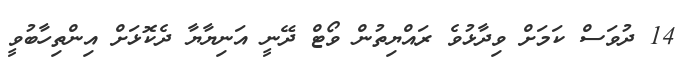
14 ދުވަސް ކަމަށް ވިދާޅުވެ ރައްޔިތުން ވޯޓް ދޭނީ އަނިޔާޔާ ދެކޮޅަށް އިންތިހާބުވީ